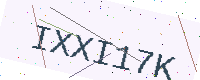
Text: IXXI17K